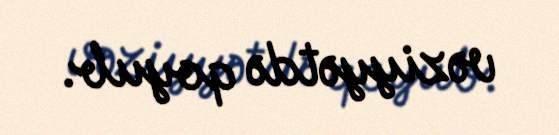
vəziyyətdə qoyub.